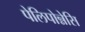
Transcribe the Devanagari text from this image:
पेलिपोन्नेसि